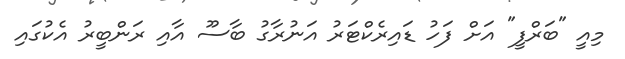
މިއީ "ބަރްފީ" އަށް ފަހު ޑައިރެކްޓަރު އަނުރާގު ބާސޫ އާއި ރަންބީރު އެކުގައި